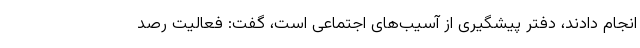
انجام دادند، دفتر پیشگیری از آسیب‌های اجتماعی است، گفت: فعالیت رصد